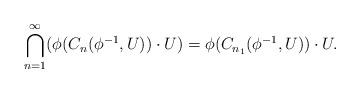
LaTeX: \begin{align*}\bigcap_{n=1}^\infty (\phi(C_{n}(\phi^{-1},U))\cdot U)=\phi(C_{n_1}(\phi^{-1},U))\cdot U.\end{align*}